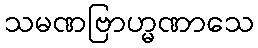
သမဏဗြာဟ္မဏာသေ